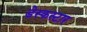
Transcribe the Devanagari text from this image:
डेस्कस्टार